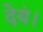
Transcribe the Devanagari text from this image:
देयं।